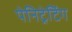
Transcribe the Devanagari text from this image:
पेनिट्रेटिंग